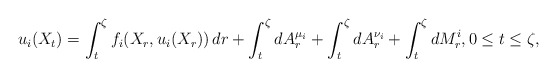
\begin{align*}u_i(X_{t})=\int_{t}^{\zeta}f_{i}(X_r,u_i(X_r))\,dr+\int_{t}^{\zeta}dA_{r}^{\mu_i}+\int_{t}^{\zeta}dA_{r}^{\nu_i} +\int_{t}^{\zeta}dM^i_{r},0\le t\le\zeta,\end{align*}